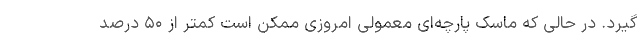
گیرد. در حالی که ماسک پارچه‌ای معمولی امروزی ممکن است کمتر از ۵۰ درصد